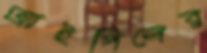
আইপিলের